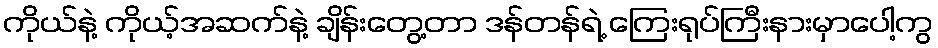
ကိုယ်နဲ့ ကိုယ့်အဆက်နဲ့ ချိန်းတွေ့တာ ဒန်တန်ရဲ့ ကြေးရုပ်ကြီးနားမှာပေါ့ကွ